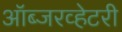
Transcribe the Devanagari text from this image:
ऑब्जरव्हेटरी